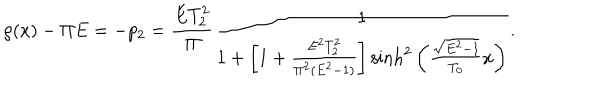
LaTeX: \rho ( x ) - \Pi E = - p _ { 2 } = \frac { E T _ { 2 } ^ { 2 } } { \Pi } \frac { 1 } { 1 + \left[ 1 + \frac { E ^ { 2 } T _ { 2 } ^ { 2 } } { \Pi ^ { 2 } ( E ^ { 2 } - 1 ) } \right] \mathrm { s i n h } ^ { 2 } \left( \frac { \sqrt { E ^ { 2 } - 1 } } { T _ { 0 } } x \right) } .